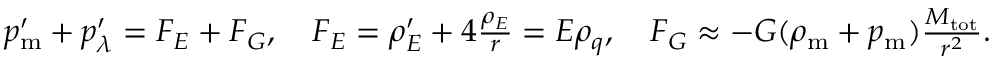
\begin{array} { r } { p _ { \mathrm { m } } ^ { \prime } + p _ { \lambda } ^ { \prime } = { \cal F } _ { E } + { \cal F } _ { G } , \quad { \cal F } _ { E } = \rho _ { E } ^ { \prime } + 4 \frac { \rho _ { E } } { r } = E \rho _ { q } , \quad { \cal F } _ { G } \approx - G ( \rho _ { \mathrm { m } } + p _ { \mathrm { m } } ) \frac { M _ { \mathrm { t o t } } } { r ^ { 2 } } . } \end{array}